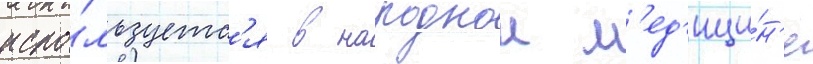
испо́льзуетс'я в народнои м'ед'ици́н'е